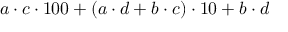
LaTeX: a \cdot c \cdot 1 0 0 + ( a \cdot d + b \cdot c ) \cdot 1 0 + b \cdot d